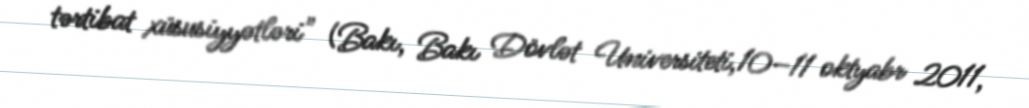
tərtibat xüsusiyyətləri" (Bakı, Bakı Dövlət Universiteti,10–11 oktyabr 2011,